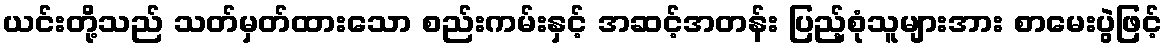
ယင်းတို့သည် သတ်မှတ်ထားသော စည်းကမ်းနှင့် အဆင့်အတန်း ပြည့်စုံသူများအား စာမေးပွဲဖြင့်